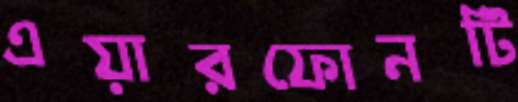
এয়ারফোনটি